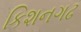
કિશનગઢ